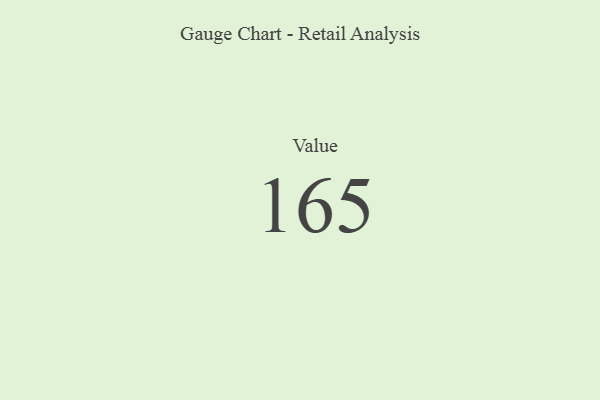
{"axis": {"x": "Metric", "y": "Value"}, "legend": [""], "data": [{"x": "Value", "y": 165, "type": ""}]}